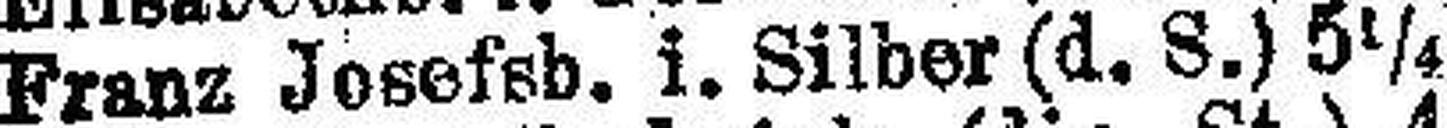
Franz Josefsb. i. Silber (d. S.) 5¼